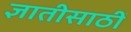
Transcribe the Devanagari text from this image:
ज्ञातीसाठीं